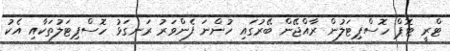
ޓްރީ ޓޮޕް ހޮސްޕިޓަލުން ރާއްޖޭން ބޭރުގައި ހުންނަ ފެންވަރު ރަނގަޅު ހޮސްޕިޓަލުތަކާއި އެކު